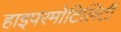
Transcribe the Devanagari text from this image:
हाइपरमोटिलिटी